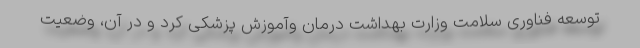
توسعه فناوری سلامت وزارت بهداشت درمان وآموزش پزشکی کرد و در آن، وضعیت